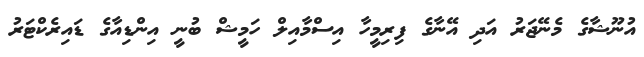
އުނޫޝާގެ މެނޭޖަރު އަދި އޭނާގެ ފިރިމީހާ އިސްމާއިލް ހަމީޝް ބުނީ އިންޑިއާގެ ޑައިރެކްޓަރު